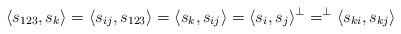
LaTeX: \begin{align*} \langle s_{123},s_k \rangle = \langle s_{i j},s_{123} \rangle = \langle s_{k},s_{i j} \rangle =\langle s_i,s_j \rangle^{\perp} = ^{\perp}\langle s_{ki},s_{kj} \rangle\end{align*}